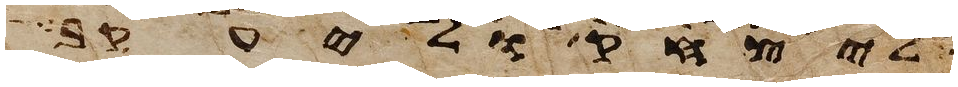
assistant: ליצחק וליעקב